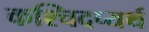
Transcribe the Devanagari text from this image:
कश्चिदप्यर्थ